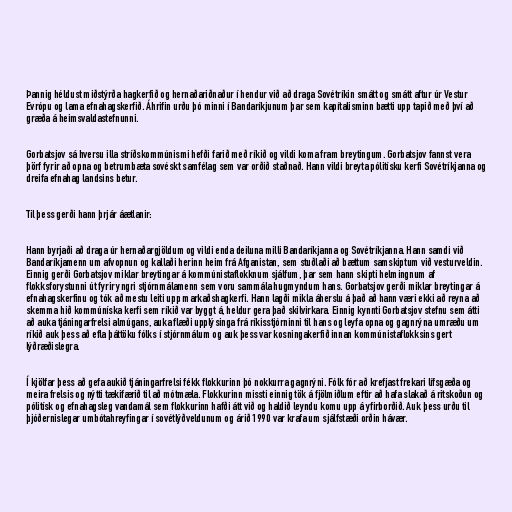
Þannig héldust miðstýrða hagkerfið og hernaðariðnaður í hendur við að draga Sovétríkin smátt og smátt aftur úr Vestur
Evrópu og lama efnahagskerfið. Áhrifin urðu þó minni í Bandaríkjunum þar sem kapítalisminn bætti upp tapið með því að
græða á heimsvaldastefnunni.

Gorbatsjov sá hversu illa stríðskommúnismi hefði farið með ríkið og vildi koma fram breytingum. Gorbatsjov fannst vera
þörf fyrir að opna og betrumbæta sovéskt samfélag sem var orðið staðnað. Hann vildi breyta pólitísku kerfi Sovétríkjanna og
dreifa efnahag landsins betur.

Til þess gerði hann þrjár áætlanir:

Hann byrjaði að draga úr hernaðargjöldum og vildi enda deiluna milli Bandaríkjanna og Sovétríkjanna. Hann samdi við
Bandaríkjamenn um afvopnun og kallaði herinn heim frá Afganistan, sem stuðlaði að bættum samskiptum við vesturveldin.
Einnig gerði Gorbatsjov miklar breytingar á kommúnistaflokknum sjálfum, þar sem hann skipti helmingnum af
flokksforystunni út fyrir yngri stjórnmálamenn sem voru sammála hugmyndum hans. Gorbatsjov gerði miklar breytingar á
efnahagskerfinu og tók að mestu leiti upp markaðshagkerfi. Hann lagði mikla áherslu á það að hann væri ekki að reyna að
skemma hið kommúníska kerfi sem ríkið var byggt á, heldur gera það skilvirkara. Einnig kynnti Gorbatsjov stefnu sem átti
að auka tjáningarfrelsi almúgans, auka flæði upplýsinga frá ríkisstjórninni til hans og leyfa opna og gagnrýna umræðu um
ríkið auk þess að efla þáttöku fólks í stjórnmálum og auk þess var kosningakerfið innan kommúnistaflokksins gert
lýðræðislegra.

Í kjölfar þess að gefa aukið tjáningarfrelsi fékk flokkurinn þó nokkurra gagnrýni. Fólk fór að krefjast frekari lífsgæða og
meira frelsis og nýtti tækifærið til að mótmæla. Flokkurinn missti einnig tök á fjölmiðlum eftir að hafa slakað á ritskoðun og
pólitísk og efnahagsleg vandamál sem flokkurinn hafði átt við og haldið leyndu komu upp á yfirborðið. Auk þess urðu til
þjóðernislegar umbótahreyfingar í sovétlýðveldunum og árið 1990 var krafa um sjálfstæði orðin hávær.